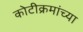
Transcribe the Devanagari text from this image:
कोटीक्रमांच्या